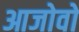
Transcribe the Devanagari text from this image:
आजोवो